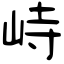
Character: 峙